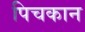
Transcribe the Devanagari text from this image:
पिचकान